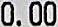
0.00